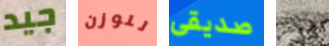
جيد للوزن صديقى ذلك